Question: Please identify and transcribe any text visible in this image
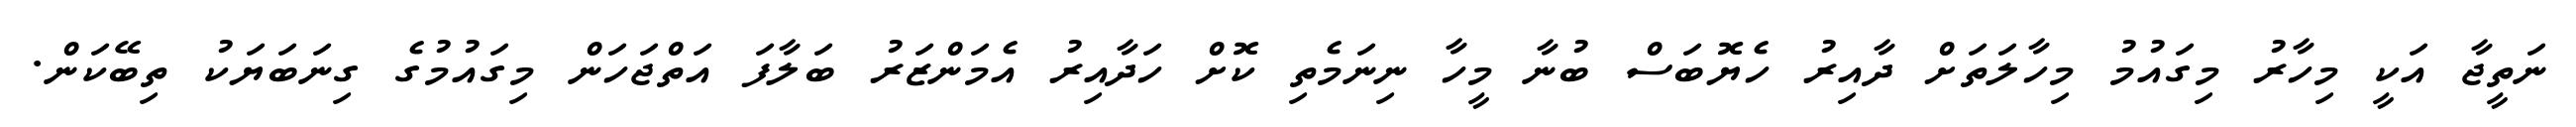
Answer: ނަތީޖާ އަކީ މިހާރު މިގައުމު މިހާލަތަށް ދާއިރު ހެޔޮބަސް ބުނާ މީހާ ނިނަމެތި ކޮށް ހަދާއިރު އެމަންޒަރު ބަލާފަ އަތްޖަހަން މިގައުމުގެ ގިނަބަޔަކު ތިބޭކަން.